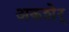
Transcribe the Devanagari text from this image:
अकशेर्